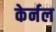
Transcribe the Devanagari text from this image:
केर्नल